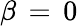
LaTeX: \beta\, =\, 0